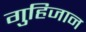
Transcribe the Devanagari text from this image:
गुहिजान